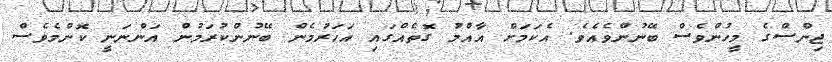
ޖިންސްގެ މީހުންވެސް ބޭނުންވެއެވެ. އެކަަމަށް އާއްމު ގޮތެއްގައި އަހަރުމެން ބޭނުންކުރަމުން އަންނަނީ ކޮންމެވެސް